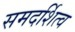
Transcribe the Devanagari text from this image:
समदर्शित्व